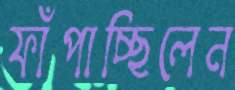
ফাঁপাচ্ছিলেন